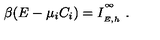
\beta ( E - \mu _ { i } C _ { i } ) = I _ { \phantom { } _ { E , h } } ^ { \phantom { } ^ { \infty } } \ .